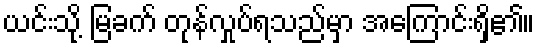
ယင်းသို့ မြခက် တုန်လှုပ်ရသည်မှာ အကြောင်းရှိ၏။